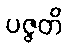
ပဇ္ဇတိ